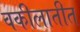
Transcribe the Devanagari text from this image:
वकीलातीत